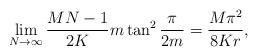
LaTeX: \begin{align*}\lim\limits_{N \rightarrow\infty}\frac{MN-1}{2K}m\tan^2\frac{\pi}{2m}=\frac{M\pi^2}{8Kr},\end{align*}